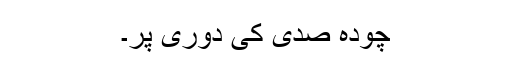
چودہ صدی کی دوری پر۔